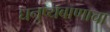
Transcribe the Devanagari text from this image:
धनुष्यबाणाचा